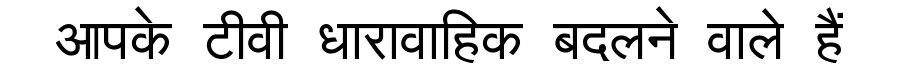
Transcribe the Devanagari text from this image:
आपके टीवी धारावाहिक बदलने वाले हैं